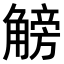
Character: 𧤞